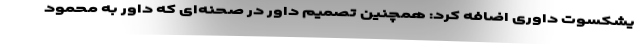
یشکسوت داوری اضافه کرد: همچنین تصمیم داور در صحنه‌ای که داور به محمود